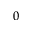
0